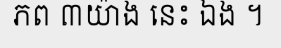
ភព ៣យ៉ាង នេះ ឯង ។